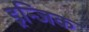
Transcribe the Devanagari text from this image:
ड्रन्जिक